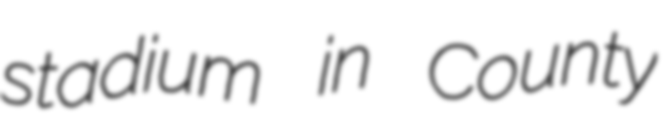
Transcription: stadium in County